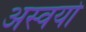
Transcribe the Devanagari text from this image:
अस्वयो